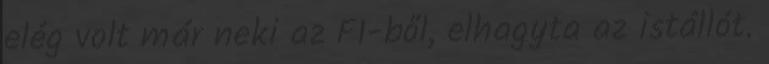
elég volt már neki az F1-ből, elhagyta az istállót.